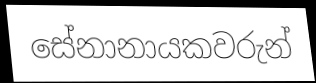
සේනානායකවරුන්